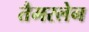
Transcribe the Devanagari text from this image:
तैमरलेन